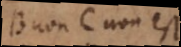
B non-C non est.